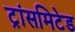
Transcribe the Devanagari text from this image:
ट्रांसमिटेड